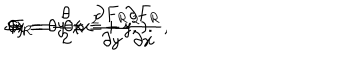
\delta x = \theta y = \frac { \partial F _ { R } } { \partial y } , \hspace { 0 . 5 c m } \delta y = - \theta x = - \frac { \partial F _ { R } } { \partial x } , \hspace { 0 . 5 c m } \Rightarrow \hspace { 0 . 2 c m } F _ { R } = \frac { \theta } { 2 } ( x ^ { 2 } + y ^ { 2 } ) .